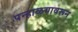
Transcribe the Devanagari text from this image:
पन्हाळयावरून